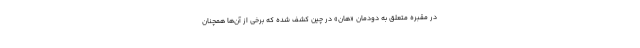
در مقبره متعلق به دودمان «هان» در چین کشف شده که برخی از آن‌ها همچنان